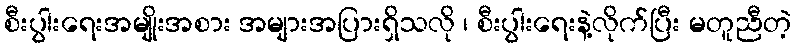
စီးပွါးရေးအမျိုးအစား အများအပြားရှိသလို ၊ စီးပွါးရေးနဲ့လိုက်ပြီး မတူညီတဲ့